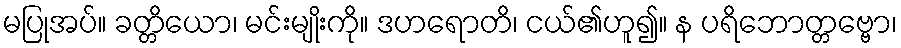
မပြုအပ်။ ခတ္တိယော၊ မင်းမျိုးကို။ ဒဟရောတိ၊ ငယ်၏ဟူ၍။ န ပရိဘောတ္တဗ္ဗော၊